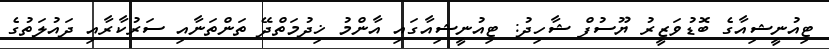
ޓިއުނީޝިއާގެ ބޮޑުވަޒީރު ޔޫސުފް ޝާހިދު: ޓިއުނީޝިއާގައި އާންމު ޚިދުމަތްދޭ ތަންތަނާއި ސަރުކާރާއި ދައުލަތުގެ